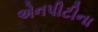
એનપીટીના